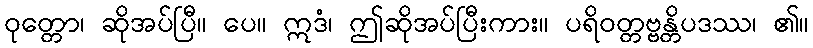
ဝုတ္တော၊ ဆိုအပ်ပြီ။ ပေ။ ဣဒံ၊ ဤဆိုအပ်ပြီးကား။ ပရိဝတ္တဗ္ဗန္တိပဒဿ၊ ၏။